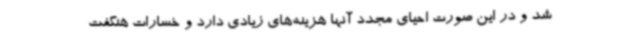
شد و در این صورت احیای مجدد آنها هزینه‌های زیادی دارد و خسارات هنگفت